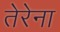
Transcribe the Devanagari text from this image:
तेरेना